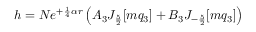
h = N e ^ { + \frac { 1 } { 4 } \alpha r } \left( A _ { 3 } J _ { \frac { 5 } { 2 } } [ m q _ { 3 } ] + B _ { 3 } J _ { - \frac { 5 } { 2 } } [ m q _ { 3 } ] \right)